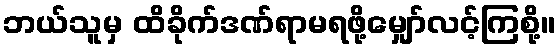
ဘယ်သူမှ ထိခိုက်ဒဏ်ရာမရဖို့မျှော်လင့်ကြစို့။